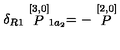
\delta _ { R 1 } \stackrel { [ 3 , 0 ] } { P } _ { 1 a _ { 2 } } = - \stackrel { [ 2 , 0 ] } { P }